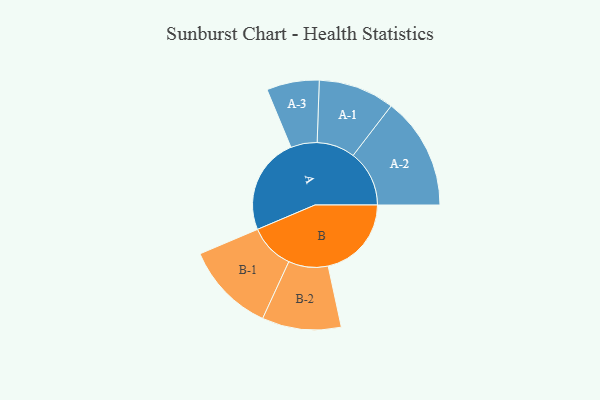
{"axis": {"x": "Segment", "y": "Value"}, "legend": ["", "A", "B"], "data": [{"x": "A", "y": 460, "type": ""}, {"x": "B", "y": 396, "type": ""}, {"x": "A-1", "y": 181, "type": "A"}, {"x": "A-2", "y": 267, "type": "A"}, {"x": "A-3", "y": 125, "type": "A"}, {"x": "B-1", "y": 215, "type": "B"}, {"x": "B-2", "y": 188, "type": "B"}]}